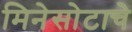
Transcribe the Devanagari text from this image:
मिनेसोटाचे